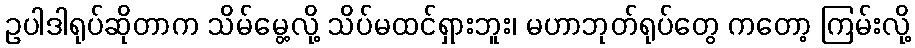
ဥပါဒါရုပ်ဆိုတာက သိမ်မွေ့လို့ သိပ်မထင်ရှားဘူး၊ မဟာဘုတ်ရုပ်တွေ ကတော့ ကြမ်းလို့